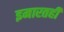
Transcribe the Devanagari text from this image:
इमारतही